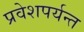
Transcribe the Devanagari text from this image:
प्रवेशपर्यन्त